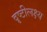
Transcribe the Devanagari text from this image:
दृष्टीलक्ष्य